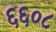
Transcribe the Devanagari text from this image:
६६०८